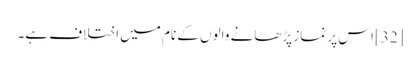
[32] اس پر نماز پڑھانے والوں کے نام میں اختلاف ہے۔